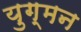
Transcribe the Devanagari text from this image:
युग्‍मन